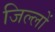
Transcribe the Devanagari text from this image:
जिल्लों